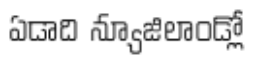
ఏడాది న్యూజిలాండ్లో